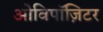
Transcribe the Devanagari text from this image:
ओविपॉज़िटर